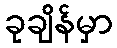
ခုချိန်မှာ